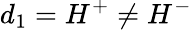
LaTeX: d_{1}=H^{+}\neq H^{-}